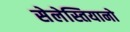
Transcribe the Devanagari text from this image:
सेलेस्तियानो